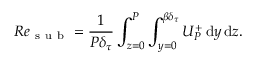
R e _ { \mathrm { ~ s ~ u ~ b ~ } } = \frac { 1 } { P \delta _ { \tau } } \int _ { z = 0 } ^ { P } \int _ { y = 0 } ^ { { \beta } \delta _ { \tau } } U _ { P } ^ { + } \, \mathrm { d } y \, \mathrm { d } z .